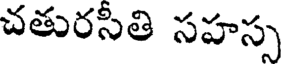
చతురసీతి సహస్స